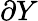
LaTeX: \partial Y